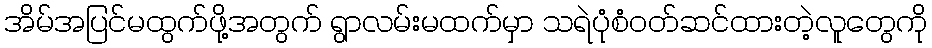
အိမ်အပြင်မထွက်ဖို့အတွက် ရွာလမ်းမထက်မှာ သရဲပုံစံဝတ်ဆင်ထားတဲ့လူတွေကို